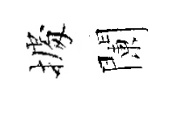
𢴃闌